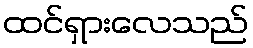
ထင်ရှားလေသည်